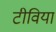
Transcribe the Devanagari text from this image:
टीवियां